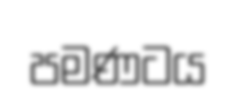
පමණටය